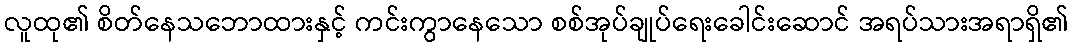
လူထု၏ စိတ်နေသဘောထားနှင့် ကင်းကွာနေသော စစ်အုပ်ချုပ်ရေးခေါင်းဆောင် အရပ်သားအရာရှိ၏